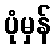
ပုံမှန်